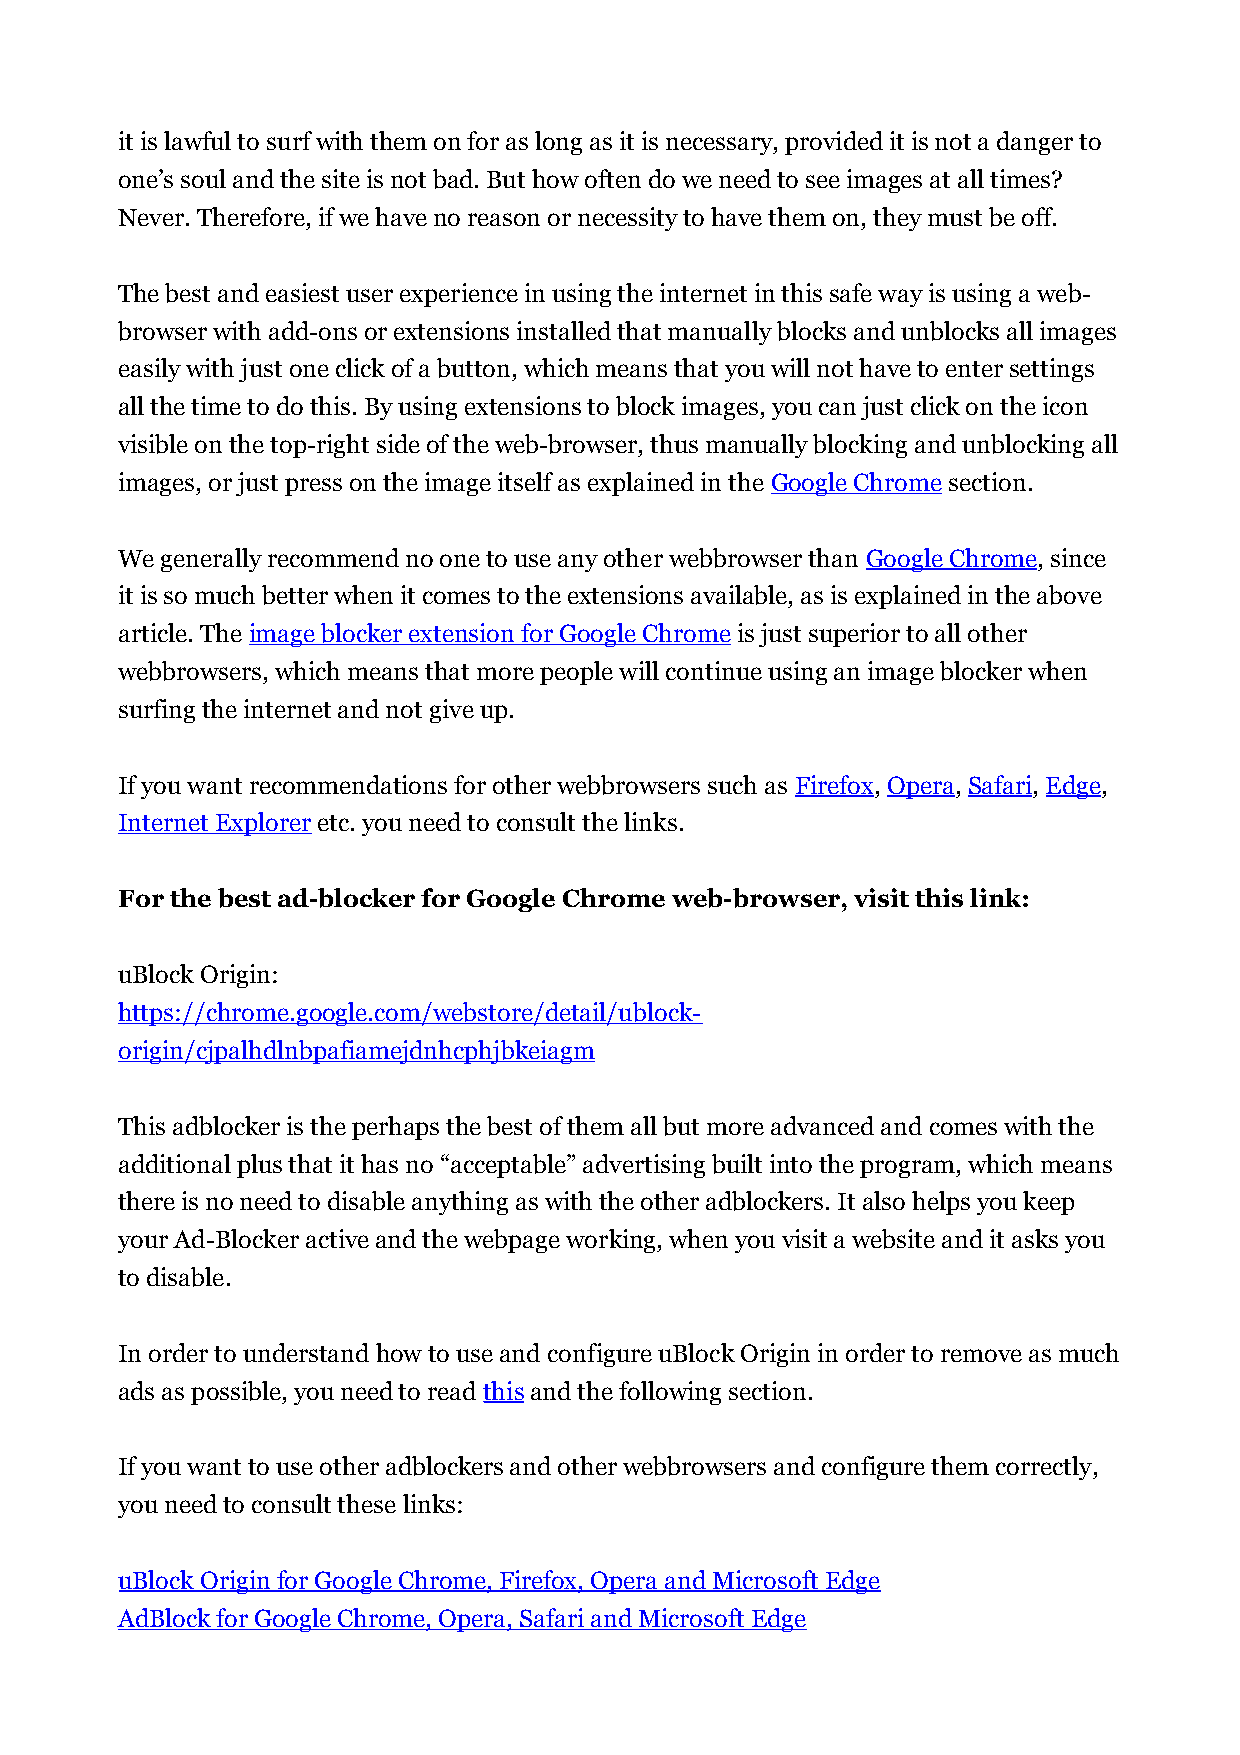
it is lawful to surf with them on for as long as it is necessary, provided it is not a danger to
 one’s soul and the site is not bad. But how often do we need to see images at all times?
 Never. Therefore, if we have no reason or necessity to have them on, they must be off.
 The best and easiest user experience in using the internet in this safe way is using a web-
 browser with add-ons or extensions installed that manually blocks and unblocks all images
 easily with just one click of a button, which means that you will not have to enter settings
 all the time to do this. By using extensions to block images, you can just click on the icon
 visible on the top-right side of the web-browser, thus manually blocking and unblocking all
 images, or just press on the image itself as explained in the Google Chrome section.
 We generally recommend no one to use any other webbrowser than Google Chrome, since
 it is so much better when it comes to the extensions available, as is explained in the above
 article. The image blocker extension for Google Chrome is just superior to all other
 webbrowsers, which means that more people will continue using an image blocker when
 surfing the internet and not give up.
 If you want recommendations for other webbrowsers such as Firefox, Opera, Safari, Edge,
 Internet Explorer etc. you need to consult the links.
 For the best ad-blocker for Google Chrome web-browser, visit this link:
 uBlock Origin:
 https://chrome.google.com/webstore/detail/ublock-
 origin/cjpalhdlnbpafiamejdnhcphjbkeiagm
 This adblocker is the perhaps the best of them all but more advanced and comes with the
 additional plus that it has no “acceptable” advertising built into the program, which means
 there is no need to disable anything as with the other adblockers. It also helps you keep
 your Ad-Blocker active and the webpage working, when you visit a website and it asks you
 to disable.
 In order to understand how to use and configure uBlock Origin in order to remove as much
 ads as possible, you need to read this and the following section.
 If you want to use other adblockers and other webbrowsers and configure them correctly,
 you need to consult these links:
 uBlock Origin for Google Chrome, Firefox, Opera and Microsoft Edge
 AdBlock for Google Chrome, Opera, Safari and Microsoft Edge